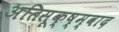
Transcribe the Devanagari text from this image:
अतिसूक्ष्म्वाद